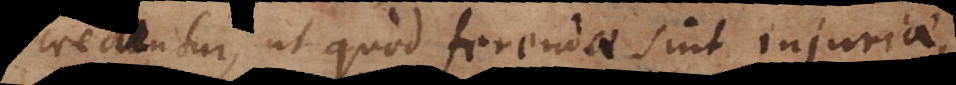
creduntur, ut quod ferendae sint injuriae,